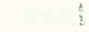
કરથી